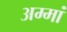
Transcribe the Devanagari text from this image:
अम्‍मां